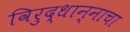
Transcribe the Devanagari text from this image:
विरुद्धान्नाचा